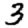
Digit: 3